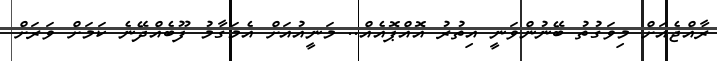
ރާއްޖެއަށް މިވަގުތު ބޭނުންވަނީ އިތުރު އޮއްޕޮއެއް.. މަނީއުއަށް އެމަގާމު ފޫބެއްދޭނެ ކަމަށް ވަރަށް